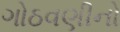
ગોઠવણીનો